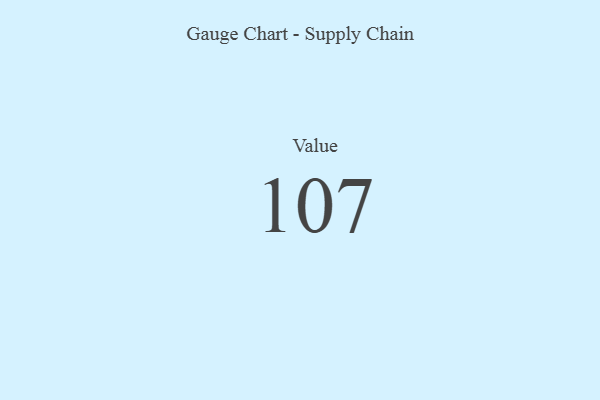
{"axis": {"x": "Metric", "y": "Value"}, "legend": [""], "data": [{"x": "Value", "y": 107, "type": ""}]}